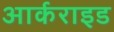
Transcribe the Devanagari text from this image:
आर्कराइड